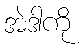
အဲဒါကို